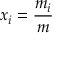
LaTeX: x _ { i } = { \frac { m _ { i } } { m } }